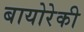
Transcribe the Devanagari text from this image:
बायोरेकी